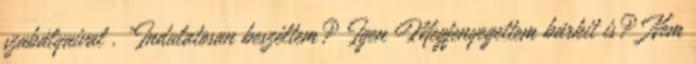
szabályaival . "Indulatosan beszéltem? Igen Megfenyegettem bárkit is? Nem